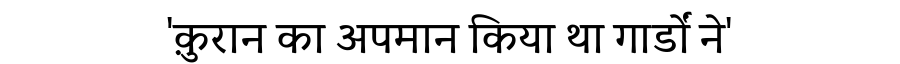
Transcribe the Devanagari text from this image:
'क़ुरान का अपमान किया था गार्डों ने'